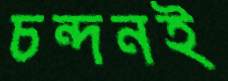
চন্দনই